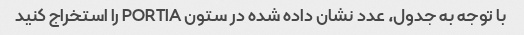
با توجه به جدول، عدد نشان داده شده در ستون PORTIA را استخراج کنید